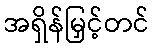
အရှိန်မြှင့်တင်